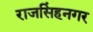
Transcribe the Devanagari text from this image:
राजसिंहनगर